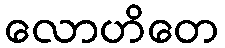
လောဟိတေ